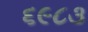
૬૯૮૩